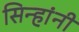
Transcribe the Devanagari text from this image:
सिन्हांनी